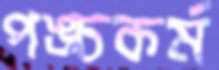
পঙ্চকর্ম